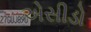
એસીડો